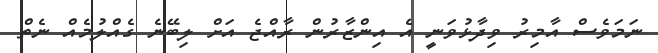
ނަމަވެސް އާމިރު ވިދާޅުވަނީ އެ އިންޒާރުން ރާއްޖެ އަށް ލިބޭނެ ގެއްލުމެއް ނެތް